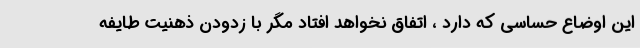
این اوضاع حساسی که دارد ، اتفاق نخواهد افتاد مگر با زدودن ذهنیت طایفه